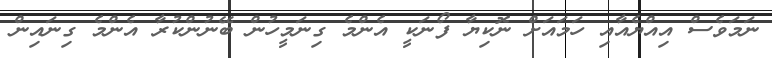
ނަމަވެސް އިއްޔެއާއި ހަމައަށް ނޮކިޔާ ފޯނަކީ އެންމެ ގިނަމީހުން ބޭނުންކުރާ އެންމެ ގިނައިން